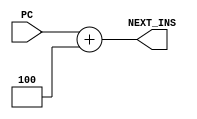
//E/16/078
//adder to get next instruction address (PC+4), PC value if current instruction is not branch

module adder1(PC,NEXT_INS);

	//port declaration
	
	//input
	input [31:0] PC;
	
	//output
	output [31:0]NEXT_INS;
	reg [31:0]NEXT_INS;
	
	//output PC+4
	always @ (PC)
	begin
		#2
		NEXT_INS = PC +4;
	end
	


endmodule